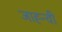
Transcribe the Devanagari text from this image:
जाह्न्वी